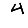
Digit: 4